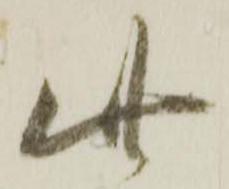
此